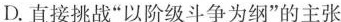
D.直接挑战”以阶级斗争为纲”的主张